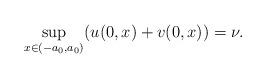
LaTeX: \begin{align*} \underset{x\in (-a_0, a_0)}{\sup}( u(0, x)+ v(0, x))=\nu.\end{align*}